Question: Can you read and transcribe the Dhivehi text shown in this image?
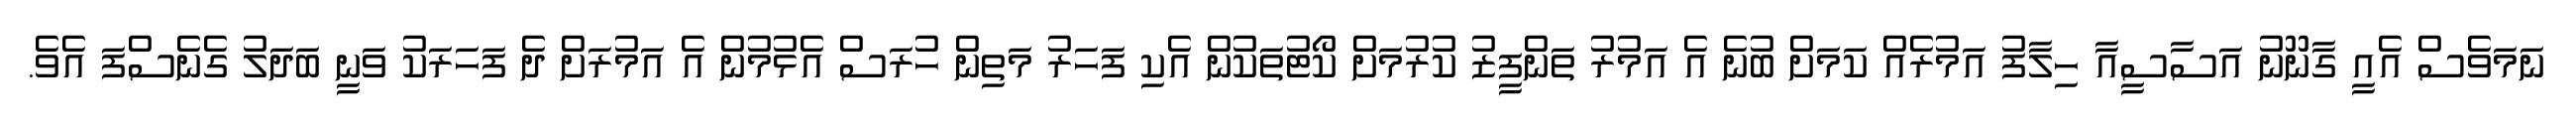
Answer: ނަމަވެސް އެއީ ގާނޫނު އަސާސީއާ ހިލާފު އަމުރެއް ކަމަށް ބުނެ އެ އަމުރު ތަންފީޒު ކުރުމަށް ކޯޓުތަކުން އެކި ފަހަރު މަތިން ހުރަސް އެޅުމުން އެ އަމުރަށް ދެ ފަހަރަކު ވަނީ ބަދަލު ގެނެސްފަ އެވެ.